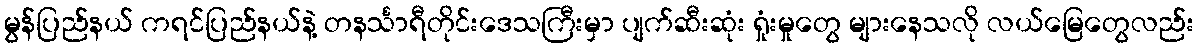
မွန်ပြည်နယ် ကရင်ပြည်နယ်နဲ့ တနင်္သာရီတိုင်းဒေသကြီးမှာ ပျက်ဆီးဆုံး ရှုံးမှုတွေ များနေသလို လယ်မြေတွေလည်း